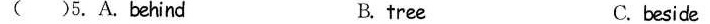
( )5. A.behind B. tree C. beside